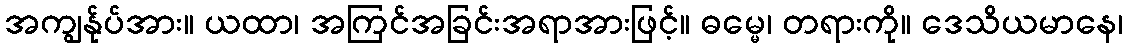
အကျွန်ုပ်အား။ ယထာ၊ အကြင်အခြင်းအရာအားဖြင့်။ ဓမ္မေ၊ တရားကို။ ဒေသိယမာနေ၊